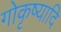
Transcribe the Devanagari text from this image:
गोकृष्यादि